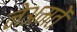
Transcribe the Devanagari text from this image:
नेअमतेें